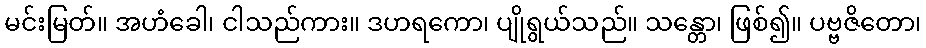
မင်းမြတ်။ အဟံခေါ၊ ငါသည်ကား။ ဒဟရကော၊ ပျိုရွယ်သည်။ သန္တော၊ ဖြစ်၍။ ပဗ္ဗဇိတော၊